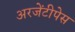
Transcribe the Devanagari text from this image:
अरजेंटीपेस